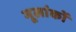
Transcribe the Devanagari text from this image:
मूलांकों